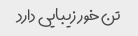
تن خور زیبایی دارد